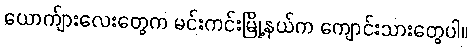
ယောက်ျားလေးတွေက မင်းကင်းမြို့နယ်က ကျောင်းသားတွေပါ။